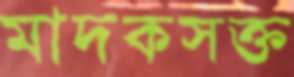
মাদকসক্ত